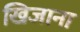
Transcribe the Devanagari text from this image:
खिजाना